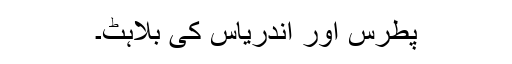
پطرس اور اندریاس کی بُلاہٹ۔